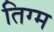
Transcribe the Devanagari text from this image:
तिग्म